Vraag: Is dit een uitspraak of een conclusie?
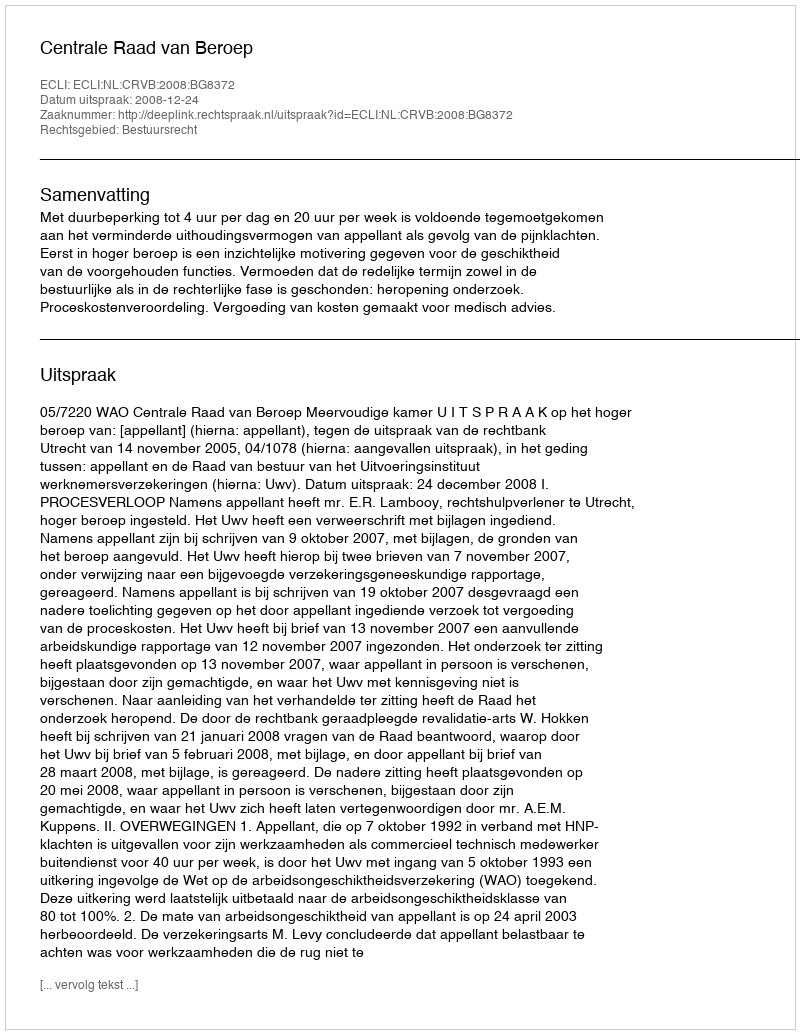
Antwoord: Uitspraak